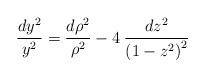
LaTeX: \begin{align*}\frac{dy^{2}}{y^{2}}=\frac{{d\rho ^{2}}}{\rho ^{2}}-4\: \frac{dz^{2}}{\left( 1-z^{2}\right) ^{2}}\end{align*}